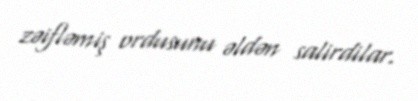
zəifləmiş ordusunu əldən salirdilar.